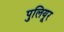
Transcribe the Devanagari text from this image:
पुलियूर